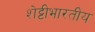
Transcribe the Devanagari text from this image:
शेट्टीभारतीय